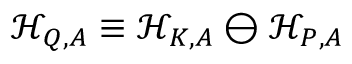
\mathcal { H } _ { Q , A } \equiv \mathcal { H } _ { K , A } \ominus \mathcal { H } _ { P , A }